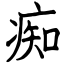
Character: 痴